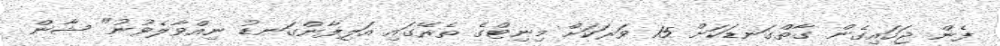
ފެން ޖަހައިގެން ގާތްގަނޑަކަށް 15 ވަރަކަށް މިނިޓްގެ ތެރޭގައި އަލިފާންގަނޑު ނިއްވާލެވުނު" ޝާން